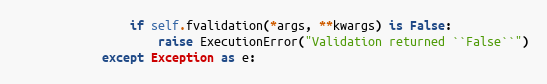
Language: Python
                if self.fvalidation(*args, **kwargs) is False:
                    raise ExecutionError("Validation returned ``False``")
            except Exception as e: